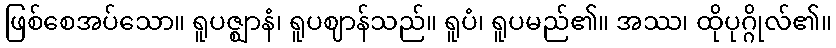
ဖြစ်စေအပ်သော။ ရူပဇ္ဈာနံ၊ ရူပဈာန်သည်။ ရူပံ၊ ရူပမည်၏။ အဿ၊ ထိုပုဂ္ဂိုလ်၏။